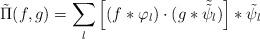
LaTeX: \begin{align*}\tilde{\Pi}(f,g)=\sum_l \left[ (f \ast \varphi_l)\cdot (g \ast \tilde{\tilde{\psi}}_l) \right] \ast \tilde{\psi}_l\end{align*}